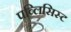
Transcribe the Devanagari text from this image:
पब्लिसिस्ट